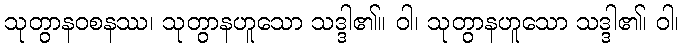
သုတွာနဝစနဿ၊ သုတွာနဟူသော သဒ္ဒါ၏။ ဝါ၊ သုတွာနဟူသော သဒ္ဒါ၏၊ ဝါ၊